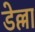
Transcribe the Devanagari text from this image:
डेल्ला